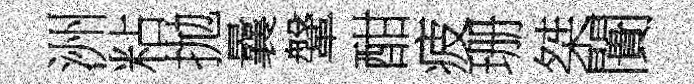
洲粘拋曩鞶酣疲珊桀闠